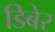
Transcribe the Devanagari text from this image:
डिबेर